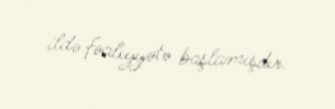
ildə fəaliyyətə başlamışdır.